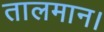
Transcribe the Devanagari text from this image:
तालमान।